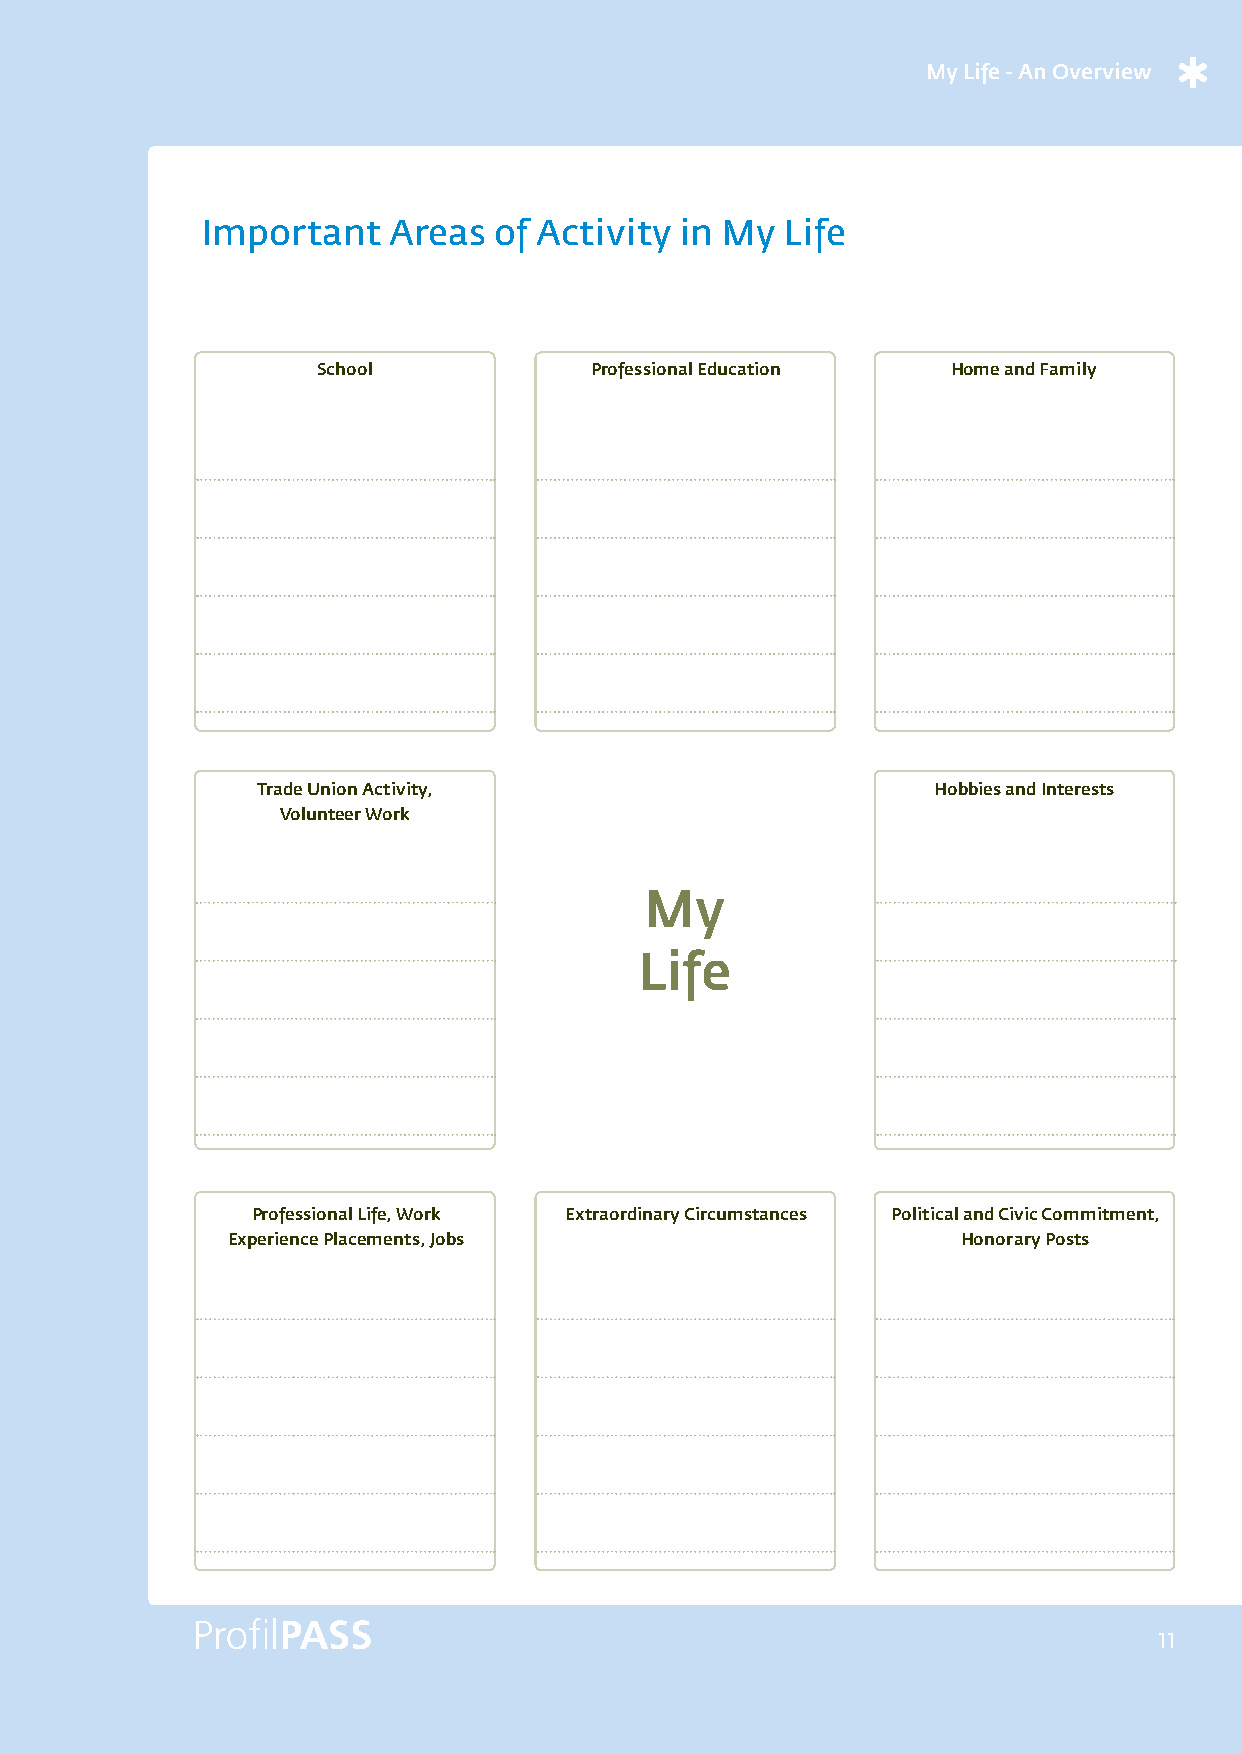
My Life - An Overview
 Important    Areas  of Activity in My  Life
 School            Professional Education  Home and Family
 Trade Union Activity,                        Hobbies and Interests
 Volunteer Work
 My
 Life
 Professional Life, Work Extraordinary Circumstances Political and Civic Commitment,
 Experience Placements, Jobs                      Honorary Posts
 11